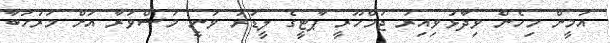
އަމީން މިހެން ވިދާޅުވިއިރު ޖުމްހޫރީ ޕާޓީގެ ލީޑަރު ވަނީ މަޝްވަރާ އަށް މަރުހަބާ